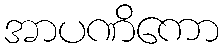
အာပဏိကော